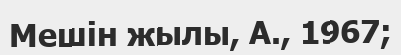
Мешін жылы, А., 1967;